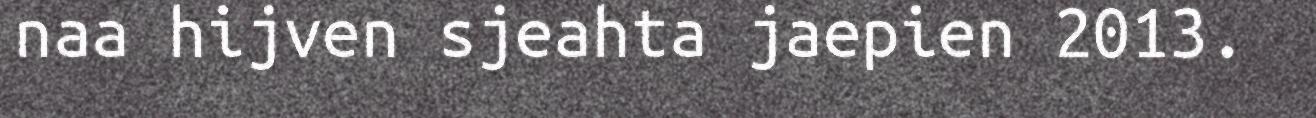
naa hijven sjeahta jaepien 2013.